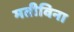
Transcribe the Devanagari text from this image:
मतीविना